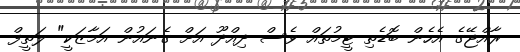
ރާއްޖޭގެ އެހެން ބޮޑެތި ޓީމުތައް ވެސް ދިއްދޫ އަށް ގެނައުން އަމާޒަކީ" ލަތީފް